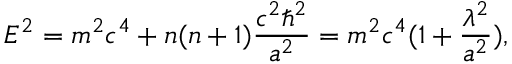
E ^ { 2 } = m ^ { 2 } c ^ { 4 } + n ( n + 1 ) \frac { c ^ { 2 } \hbar ^ { 2 } } { a ^ { 2 } } = m ^ { 2 } c ^ { 4 } ( 1 + \frac { \lambda ^ { 2 } } { a ^ { 2 } } ) ,